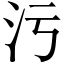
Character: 污